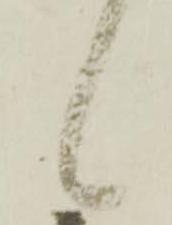
候